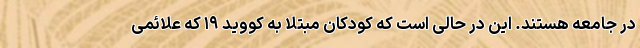
در جامعه هستند. این در حالی است که کودکان مبتلا به کووید ۱۹ که علائمی